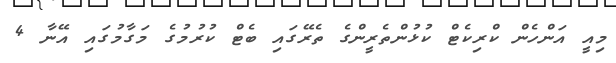
މިއީ އަންހެން ކްރިކެޓް ކުޅުންތެރީންގެ ތެރޭގައި ބެޓް ކުރުމުގެ މަގާމުގައި އޭނާ 4